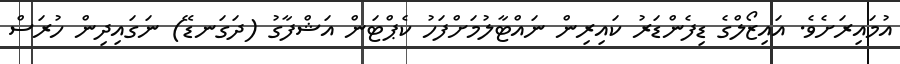
އުމައިރަށެވެ. އައިޒޯލްގެ ޑިފެންޑަރު ކައިރިން ނައްޓާލުމަށްފަހު ކެޕްޓަން އަޝްފާގު (ދަގަނޑޭ) ނަގައިދިން ހުރަސް